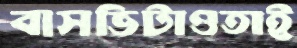
বাসভিটাওতাই